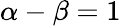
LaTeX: \alpha-\beta=1